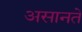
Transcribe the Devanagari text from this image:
असानते